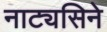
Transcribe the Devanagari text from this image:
नाट्यसिने